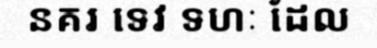
នគរ ទេវ ទហៈ ដែល